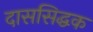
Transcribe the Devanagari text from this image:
दाससिद्धक